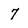
Character: 7